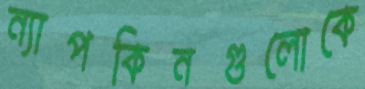
ন্যাপকিনগুলোকে